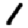
Digit: 1